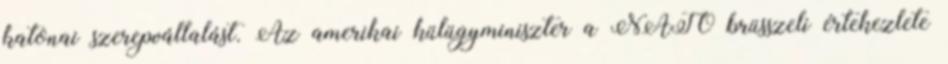
katonai szerepvállalást. Az amerikai külügyminiszter a NATO brüsszeli értekezlete